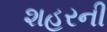
શહરની